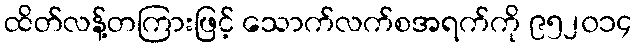
ထိတ်လန့်တကြားဖြင့် သောက်လက်စအရက်ကို ၉၅၂၀၁၄